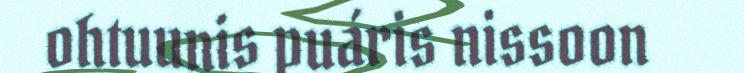
ohtuunis puáris nissoon